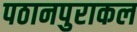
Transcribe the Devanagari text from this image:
पठानपुराकल